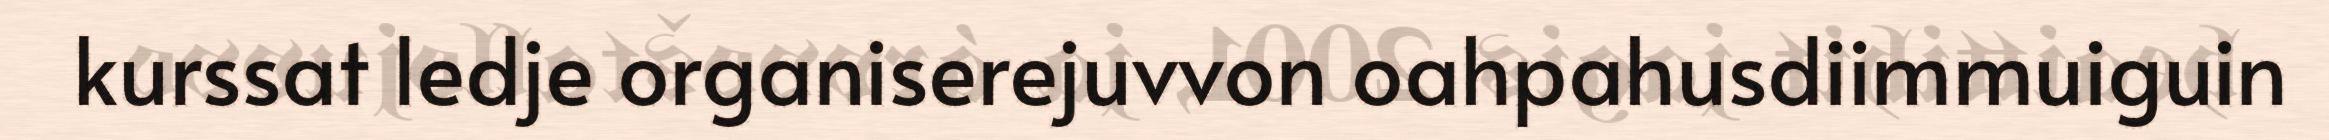
kurssat ledje organiserejuvvon oahpahusdiimmuiguin